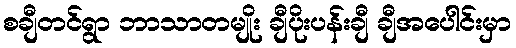
စချီတင်ရွာ ဘာသာတမျိုး ချီပိုးပန်းချီ ချီအပေါင်းမှာ